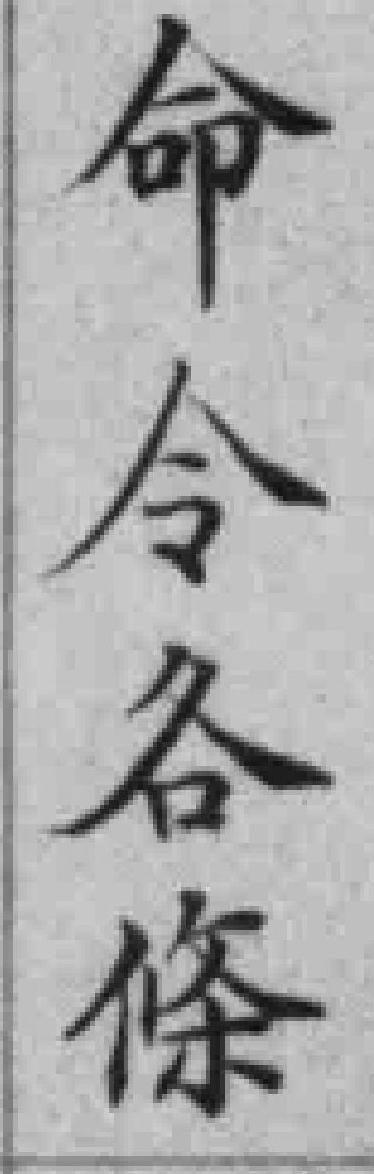
命令各條